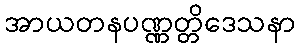
အာယတနပဏ္ဏတ္တိဒေသနာ